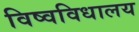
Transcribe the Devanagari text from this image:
विष्वविधालय